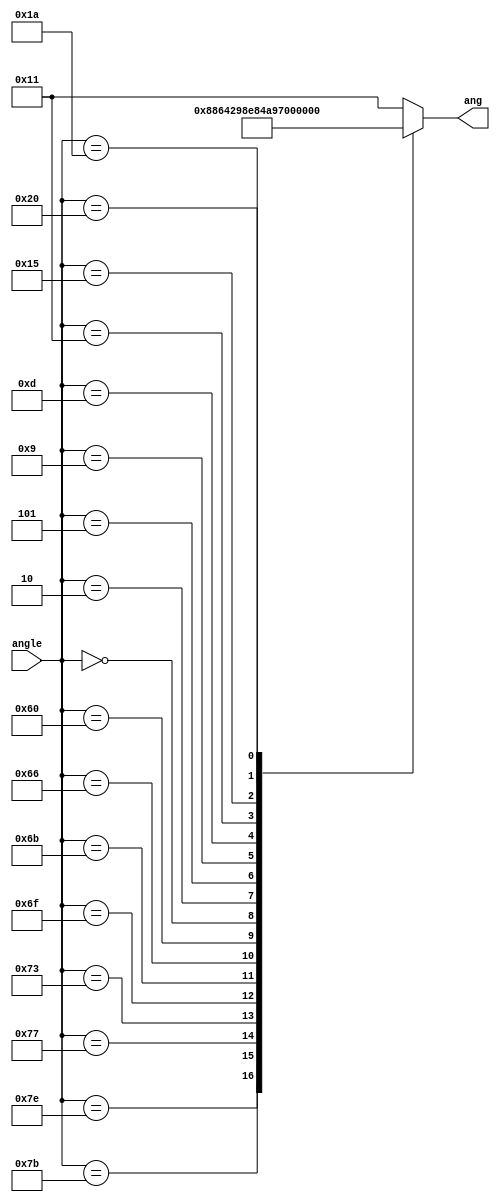
`timescale 1ns/1ps
module intra_angleToang(
  angle,
  ang
);
  input signed [6:0] angle;
  output [4:0] ang;
  reg [4:0] ang;
  
  always @(*)
  begin
    case (angle)
      -7'sd2 : ang <= 0;     //-2
      -7'sd5 : ang <= 1;   //-5
      -7'sd9 : ang <= 2;   //-9
      -7'sd13 : ang <= 3;   //-13
      -7'sd17 : ang <= 4;   //-17
      -7'sd21 : ang <= 5;   //-21
      -7'sd26 : ang <= 6;   //-26
	  -7'sd32 : ang <=7;
	  7'd0: ang<= 8;
      7'd2 : ang <= 9;
      7'd5 : ang <= 10;
      7'd9 : ang <= 11;
      7'd13 : ang <= 12;
      7'd17 : ang <= 13;
      7'd21 : ang <= 14;
      7'd26 : ang <= 15;
	  7'd32 : ang<= 16;
      default : ang <=17;
    endcase
end
endmodule